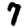
Digit: 7